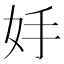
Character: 𡛊